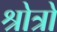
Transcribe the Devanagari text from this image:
श्रोत्रो